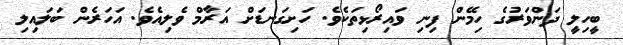
ބީހިލީ ދަންވަރުގެ ހިމޭން ފިނި ވައިރޯޅިތަކެވެ. ހަށިގަނޑަށް އަރާމް ވެލިއެވެ. އަހަރެން ބަލައިލި